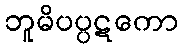
ဘူမိပပ္ပဋကော